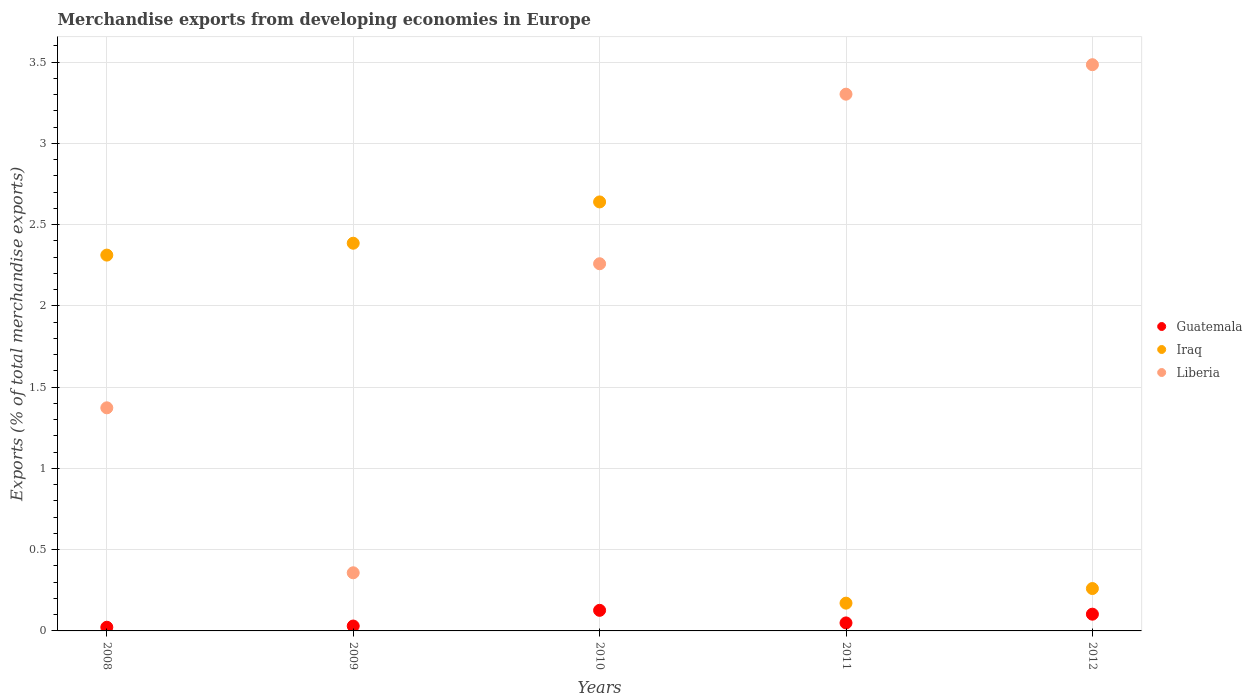
| Years | Guatemala | Iraq | Liberia |
 | --- | --- | --- | --- |
 | 2008 | 0.0226 | 2.31 | 1.37 |
 | 2009 | 0.0301 | 2.39 | 0.358 |
 | 2010 | 0.127 | 2.64 | 2.26 |
 | 2011 | 0.0492 | 0.171 | 3.3 |
 | 2012 | 0.103 | 0.261 | 3.48 |